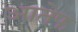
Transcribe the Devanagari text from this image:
आतेफ